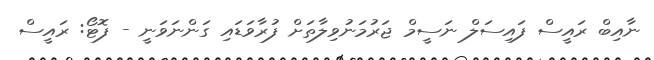
ނާއިބް ރައީސް ފައިސަލް ނަސީމް ޖަރުމަނުވިލާތަށް ފުރާވަޑައި ގަންނަވަނީ - ފޮޓޯ: ރައީސް